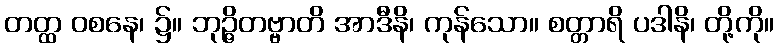
တတ္ထ ဝစနေ၊ ၌။ ဘုဉ္ဇိတဗ္ဗာတိ အာဒီနိ၊ ကုန်သော။ စတ္တာရိ ပဒါနိ၊ တို့ကို။